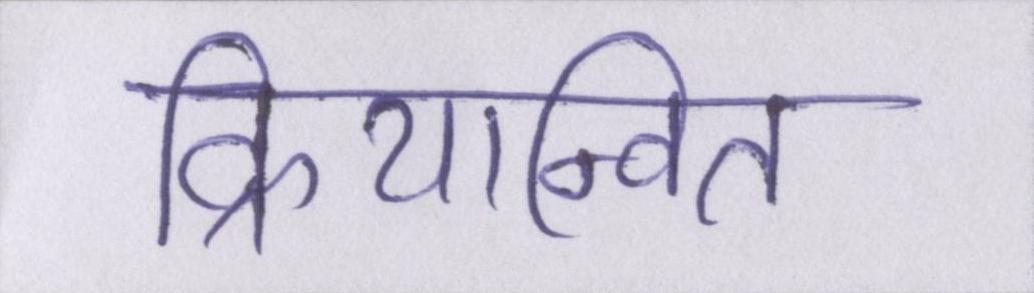
क्रियान्वित